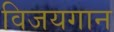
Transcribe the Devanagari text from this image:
विजयगान